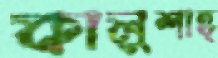
কালুশাহ্